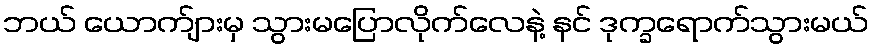
ဘယ် ယောက်ျားမှ သွားမပြောလိုက်လေနဲ့ နင် ဒုက္ခရောက်သွားမယ်